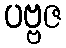
ပဗ္ဗဇ